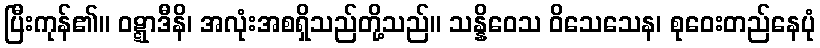
ပြီးကုန်၏။ ဝဋ္ဋာဒီနိ၊ အလုံးအစရှိသည်တို့သည်။ သန္နိဝေသ ဝိသေသေန၊ စုဝေးတည်နေပုံ